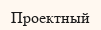
Проектный